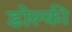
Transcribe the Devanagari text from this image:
डोल्की